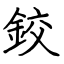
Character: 鉸